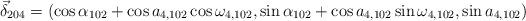
LaTeX: \begin{align*}\vec{\delta}_{204}=(\cos\alpha_{102}+\cos a_{4,102} \cos\omega_{4,102},\sin\alpha_{102}+\cos a_{4,102} \sin\omega_{4,102},\sin a_{4,102} )\end{align*}